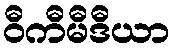
ဝီကီမီဒီယာ